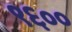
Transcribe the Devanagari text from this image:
९६००